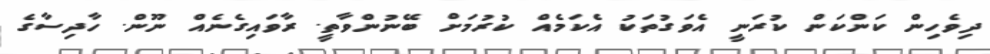
ދިވެހިން ކަންކަން ކުރަނީ އެވަގުތަކު އެކަމެއް ކުރުމަށް ބޭނުންވާތީ. ރާވައިގެނެއް ނޫން. ހާދިސާގެ